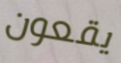
يقعون